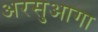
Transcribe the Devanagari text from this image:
अरसुआगा